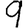
Digit: 9